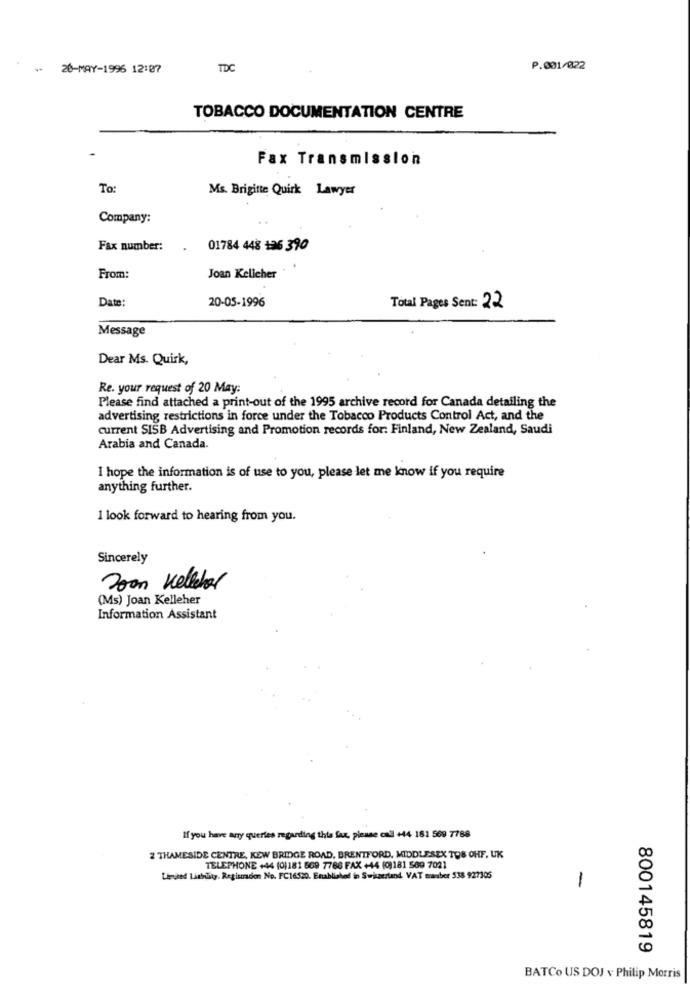
20-MAY-1996 12:87
TDC
P.001/022
TOBACCO DOCUMENTATION CENTRE
Fax Transmission
To:
Ms. Brigitte Quirk Lawyer
Company:
Fax number:
01784 448 136 390
From:
Joan Kelicher
20-05-1996
Date:
Total Pages Sent: 22
Message
Dear Ms. Quirk,
Re. your request of 20 May:
Please find attached a print-out of the 1995 archive record for Canada detailing the
advertising restrictions in force under the Tobacco Products Control Act, and the
current SISB Advertising and Promotion records for: Finland, New Zealand, Saudi
Arabia and Canada.
I hope the information is of use to you, please let me know if you require
anything further.
I look forward to hearing from you.
Sincerely
Zoon Kellebor
(Ms) Joan Kelleher
Information Assistant
If you have any queries regarding this fax, please call +44 181 569 7788
2 THAMESIDE CENTRE, KEW BRIDGE ROAD, BRENTFORD, MIDDLESEX TO8 OHF, UK
TELEPHONE +44 (0)181 609 7766 FAX +44 (0)181 569 7021
Limited Liability. Regisradon No. FC16520. Enablished in Switzerland VAT mauber 538 927305
-
800145819
BATCo US DOJ v Philip Morris